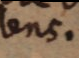
lens.